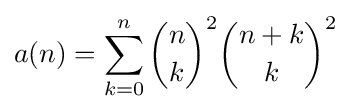
a(n)=\sum _{k=0}^{n}{{\binom {n}{k}}^{2}{\binom {n+k}{k}}^{2}}